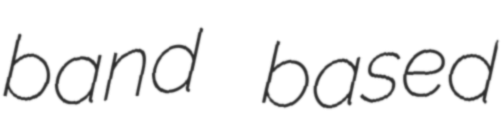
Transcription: band based